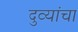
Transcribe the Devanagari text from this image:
दुव्यांचा